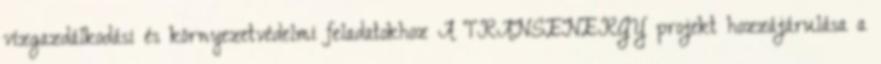
vízgazdálkodási és környezetvédelmi feladatokhoz A TRANSENERGY projekt hozzájárulása a